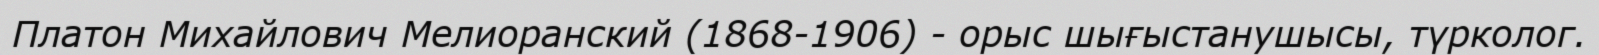
Платон Михайлович Мелиоранский (1868-1906) - орыс шығыстанушысы, түрколог.